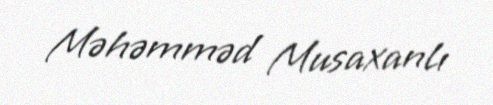
Məhəmməd Musaxanlı